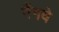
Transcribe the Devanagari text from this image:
गैंगवे